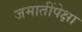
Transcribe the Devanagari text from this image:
जमातींपेक्षा